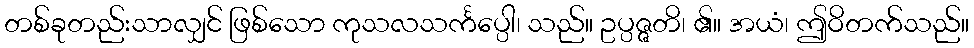
တစ်ခုတည်းသာလျှင် ဖြစ်သော ကုသလသင်္ကပ္ပေါ၊ သည်။ ဥပ္ပဇ္ဇတိ၊ ၏။ အယံ၊ ဤဝိတက်သည်။